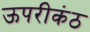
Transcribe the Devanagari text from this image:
ऊपरीकंठ